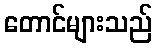
တောင်များသည်